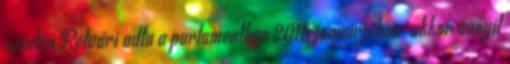
szintén Rétvári adta a parlamentben 2015 januárjában: akkor annyit